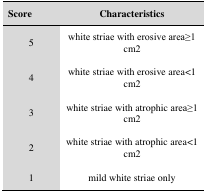
<table><thead><tr><td><b>Score</b></td><td><b>Characteristics</b></td></tr></thead><tbody><tr><td>5</td><td>white striae with erosive area≥1 cm2</td></tr><tr><td>4</td><td>white striae with erosive area&lt;1 cm2</td></tr><tr><td>3</td><td>white striae with atrophic area≥1 cm2</td></tr><tr><td>2</td><td>white striae with atrophic area&lt;1 cm2</td></tr><tr><td>1</td><td>mild white striae only</td></tr></tbody></table>